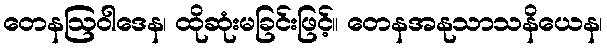
တေနဩဝါဒေန၊ ထိုဆုံးမခြင်းဖြင့်။ တေနအနုသာသနိယေန၊